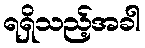
ရရှိသည့်အခါ